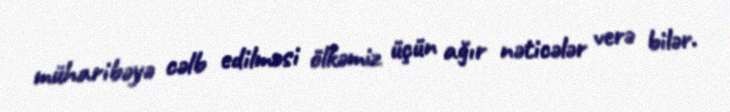
müharibəyə cəlb edilməsi ölkəmiz üçün ağır nəticələr verə bilər.